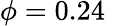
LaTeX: \phi=0.24~\